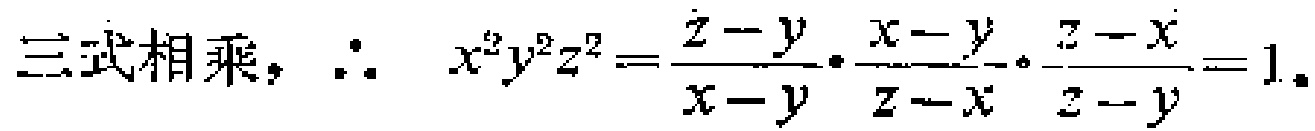
三式相乘, $\therefore \quad x^{2}y^{2}z^{2}=\frac{z - y}{x - y}\cdot\frac{x - y}{z - x}\cdot\frac{z - x}{z - y}=1$。